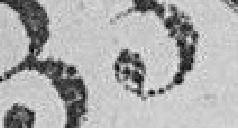
330